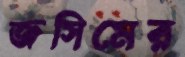
জসিমের